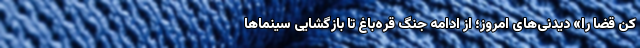
کن قضا را» دیدنی‌های امروز؛ از ادامه جنگ قره‌باغ تا بازگشایی سینماها